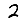
Digit: 2